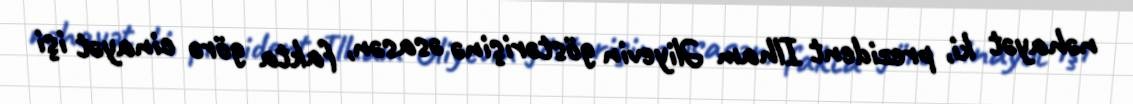
nəhayət ki, prezident Ilham Əliyevin göstərişinə əsasən, fakta görə cinayət işi